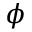
\phi